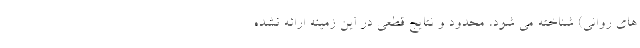
های روانی) شناخته می شود، محدود و نتایج قطعی در این زمینه ارائه نشده